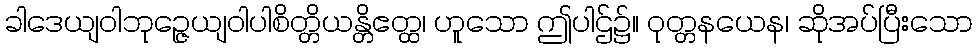
ခါဒေယျဝါဘုဉ္ဇေယျဝါပါစိတ္တိယန္တိဧတ္ထ၊ ဟူသော ဤပါဌ်၌။ ဝုတ္တနယေန၊ ဆိုအပ်ပြီးသော